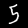
Digit: 5